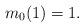
LaTeX: \begin{align*}m_0(1)=1.\end{align*}